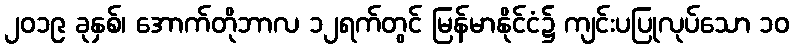
၂၀၁၉ ခုနှစ်၊ အောက်တိုဘာလ ၁၂ရက်တွင် မြန်မာနိုင်ငံ၌ ကျင်းပပြုလုပ်သော ၁၀